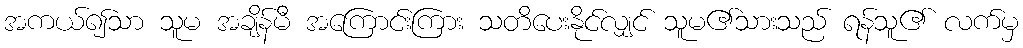
အကယ်၍သာ သူမ အချိန်မီ အကြောင်းကြား သတိပေးနိုင်လျှင် သူမ၏သားသည် ရန်သူ၏ လက်မှ